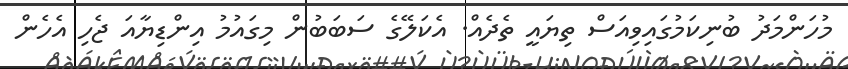
މުހަންމަދު ބުނިކަމުގައިވިއަސް ތިޔައީ ތެދެއް. އެކަލޭގެ ސަބަބުން މިގައުމު އިންޑިޔާއަ ޖެހި އެހެން